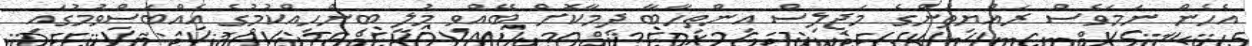
އެހެން ނަމަވެސް ރައްޔިތުންގެ މަޖިލިސް އިންތިހާބާ ދިމާކޮށް ބޭއްވި މުލީ ބިންހިއްކުމުގެ އެއްބަސްވުމުގައި